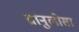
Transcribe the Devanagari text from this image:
ग्रानुलोसा